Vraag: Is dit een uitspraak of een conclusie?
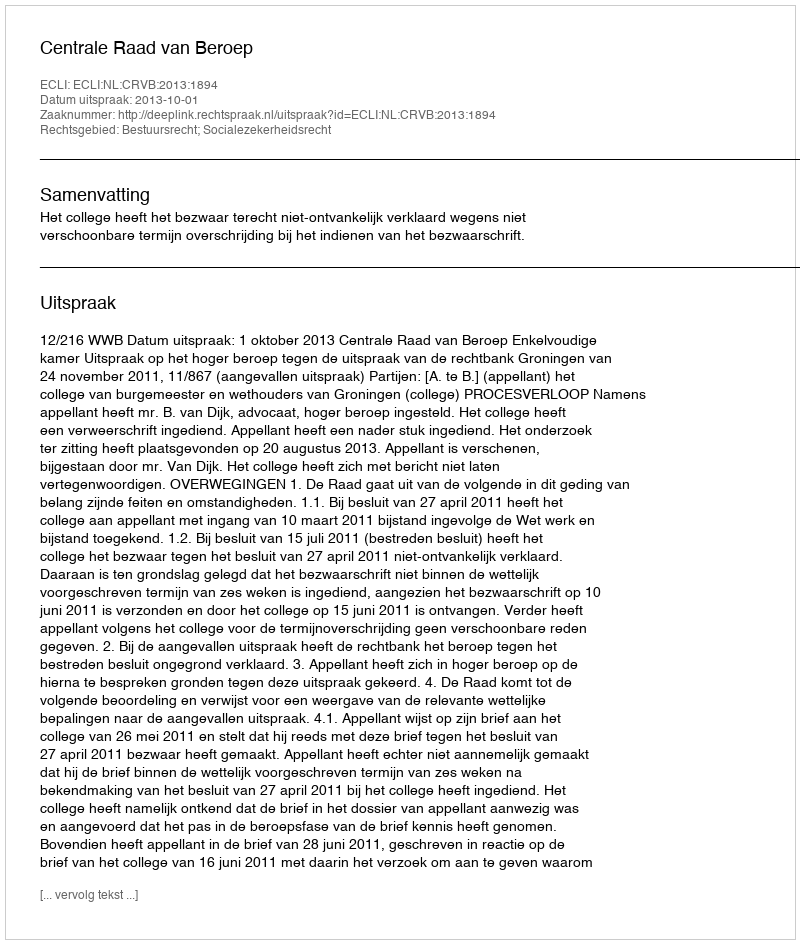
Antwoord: Uitspraak